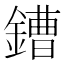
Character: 鏪